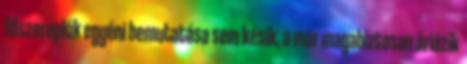
főszereplők egyéni bemutatása sem késik, a mór magabiztosan áriázik